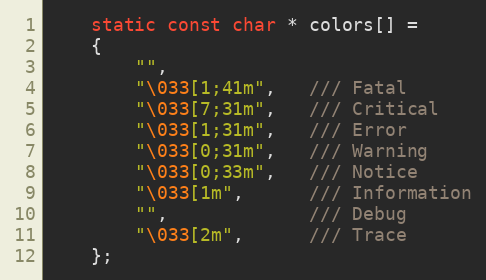
Language: C++
    static const char * colors[] =
    {
        "",
        "\033[1;41m",   /// Fatal
        "\033[7;31m",   /// Critical
        "\033[1;31m",   /// Error
        "\033[0;31m",   /// Warning
        "\033[0;33m",   /// Notice
        "\033[1m",      /// Information
        "",             /// Debug
        "\033[2m",      /// Trace
    };